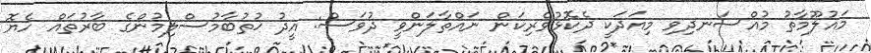
މައުލޫމާތު މުއްސަނދިވި މިއަދަކީ ދެކޮޅުވެރިކަން ނައްތާލަންވީ ދުވަސް: އީދު ޚުތުބާމުސްލިމުންގެ ބާރުތައް ހެޔޮ